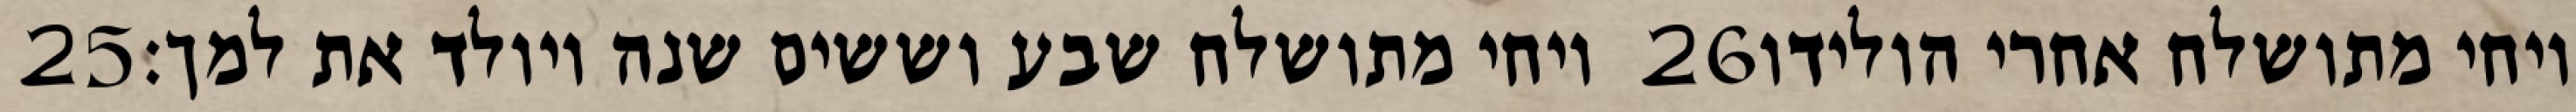
‎25‏ ויחי מתושלח שבע וששים שנה ויולד את למך׃ ‎26‏ ויחי מתושלח אחרי הולידו